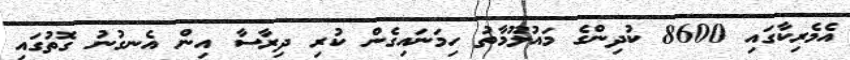
އެމެރިކާގައި 8600 ކުދިންގެ މައުލޫމާތު ހިމަނައިގެން ކުރި ދިރާސާ އިން އެނގުނު ގޮތުގައި